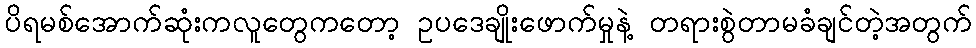
ပိရမစ်အောက်ဆုံးကလူတွေကတော့ ဥပဒေချိုးဖောက်မှုနဲ့ တရားစွဲတာမခံချင်တဲ့အတွက်